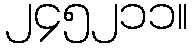
၂၄၅၂၁၁။